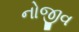
નોજીવ